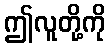
ဤလူတို့ကို